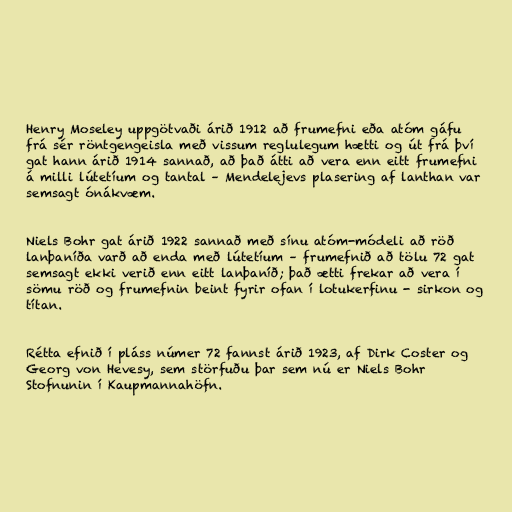
Henry Moseley uppgötvaði árið 1912 að frumefni eða atóm gáfu
frá sér röntgengeisla með vissum reglulegum hætti og út frá því
gat hann árið 1914 sannað, að það átti að vera enn eitt frumefni
á milli lútetíum og tantal – Mendelejevs plasering af lanthan var
semsagt ónákvæm.

Niels Bohr gat árið 1922 sannað með sínu atóm-módeli að röð
lanþaníða varð að enda með lútetíum – frumefnið að tölu 72 gat
semsagt ekki verið enn eitt lanþaníð; það ætti frekar að vera í
sömu röð og frumefnin beint fyrir ofan í lotukerfinu - sirkon og
títan.

Rétta efnið í pláss númer 72 fannst árið 1923, af Dirk Coster og
Georg von Hevesy, sem störfuðu þar sem nú er Niels Bohr
Stofnunin í Kaupmannahöfn.